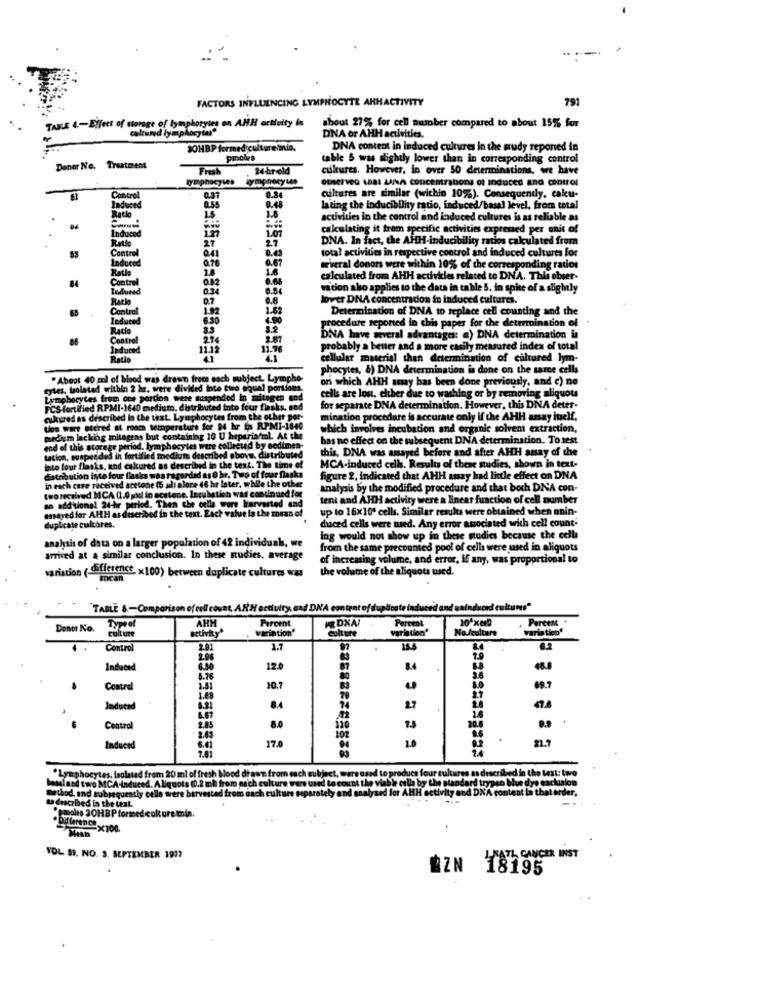
FACTORS INFLUENCING LYMPHOCYTE AHHACTIVITY
791
TABLE 4-Effect of storage of lymphocytes on ANH activity is
about 27% for cell number compared to about 15% for
caltuned lymphocytes
DNA or AHH activities.
SOHBP formed cultureśmia,
DNA content in induced cultures in the study reponed in
pmoles
table 5 was slightly lower than in corresponding control
Doner No. Treatment
Fresh
24 hr old
cultures. However, in over 50 determinations, we have
lymphocytes
Fantro
0.34
0.48
ciltures are similar (within 10%). Consequently, caku-
0.55
lating the inducibility ratio, induced/basal level, from total
Ratio
1.6
activities in the control and induced cultures is as reliable as
calculating it from specific activities expressed per unit of
Induced
1.07
DNA. In fact, the AHH-inducibility ratios calculated from
Ratio
27
2.7
total activities in respective control and induced cultures for
Control
0.41
0.76
0.43
Induced
1.6
we'veral donors were within 10% of the corresponding ratios
84
Control
0.82
calculated from AHH activities related to DNA. This obser-
0.34
vation also applies to the data in table 5. in spite of a slightly
0.7
lover DNA concentracion in induced cultures.
acho
1.92
1.62
Determination of DNA to replace cell counting and the
procedure reported in this paper for the determination of
86
acio
DNA have several advantages: a) DNA determination in
11.76
probably a better and a more easily measured index of total
Ratio
lıllıllı
cellular material than determination of cultured lym-
phocytes, &) DNA determination is done on the same cells
"About 40 ml of blood was drawn from each subject. Lympho-
on which AHH stay has been done previously, and c) no
cytes, trolated within 2 hr. were divided into two equal portions.
smobocytes from one portion were suspended in mitegen and
cells are los, either due to washing or by removing aliquots
FCS fortified RPMI-1640 medium. distributed into four flasks, end
for separate DNA determination. However, this DNA deter-
cukured as described In the text. Lymphocytes from the other por-
mination procedure is accurate only if the AHH assay itself,
toe wart stered at room temperature for 84 hr ts RPMI-1840
which involves incubation and organic solvent extraction,
medium lacking mitogens but containing 10 U heperia/ml. At the
has no effect on the subsequent DNA determination. To test
end of this storage period, lymphocytes were collected by sedimen-
this, DNA was assayed before and after AHH assay of the
tation, suspended in fortified medium described above. distributed
tato four flasks, and cultured as described in the text. The time of
distribution into four flasks was regarded as 0 hr. Two of four flaska
MCA-induced ceh. Results of these studies, shown in text.
in each case received acetone (5 ali alore 46 hr later, while the other
figure 2, indicated that AHH amay had little effect on DNA
analysis by the modified procedure and that both DNA con-
tworeceived MCA (1.0 god in acstone, Incubation was continued for
so add'uional, at-hr period. Then che cells were Harvested and
tent and AHH activity were a linear function of cell number
assayed for AHH as described in the text. Each value to the moran of
up to 16x10º cells. Similar results were obtained when anin-
duced cells were med. Any error associated with cell count:
duplicate cultares.
analysis of data on a larger population of 42 individual, we
ing would not show up in these studies because the cells
from the same precounted pool of cells were used in aliquots
arrived at A similar conclusion. In these studies. average
of increasing volume, and error, if any, was proportional to
the volume of the aliquots wused.
variation ( difference x100) between duplicate cultures was
mean
TABLE &-Comparison of cell covat, ARH activity, and DNA content of duplicate induce'd and exinduced cultures"
AHH
R& DXAI
Percent
10*xeD
Percent
Donor No.
Typeel
variation"
Percent
culture
variation"
No Jeulture
varia tien'
culture
setivity
Control
2.81
1.1
6.2
2.08
Indaond
6.80
12.0
87
6.76
80
Control
1.51
20.7
69.7
3.49
27
Induced
6.31
94
27
4.47
Costeal
2.45
8.0
30.8
9.9
2.43
Induced
6.41
17.0
1.0
"Lymphocytes, isolated from 20 ml of fresh blood drawn from each subject,
ubject, were used to produce four cultures as described in the text: two
ameland two MCA-Induced. Aliquots (0.2 mh from each
Iure
alysed for AHH activity and DNA content
" viable culla by the standard trypan b
method, and subsequently celle were barvested from each e
ta described in the text.
*emales 30HBP formed colture min.
alture min.
YOL S. NO. 3. SEPTEMBER 1977
KATI CANCER INST
BZN 18195